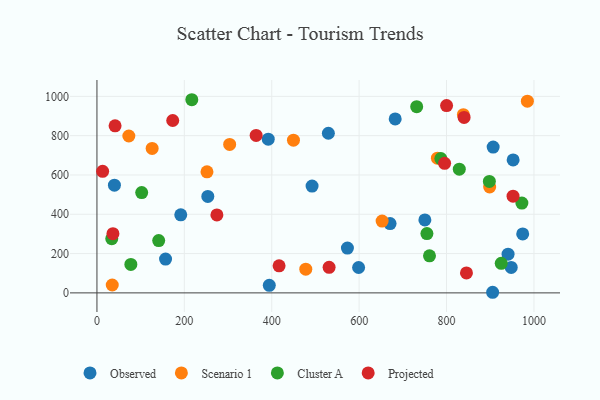
{"axis": {"x": "Speed", "y": "Yield"}, "legend": ["Cluster A", "Observed", "Projected", "Scenario 1"], "data": [{"x": "394.4", "y": 38.5, "type": "Observed"}, {"x": "40.0", "y": 548.3, "type": "Observed"}, {"x": "750.4", "y": 371.3, "type": "Observed"}, {"x": "670.8", "y": 352.5, "type": "Observed"}, {"x": "974.3", "y": 299.8, "type": "Observed"}, {"x": "948.0", "y": 129.8, "type": "Observed"}, {"x": "392.0", "y": 782.3, "type": "Observed"}, {"x": "157.0", "y": 172.2, "type": "Observed"}, {"x": "952.4", "y": 676.5, "type": "Observed"}, {"x": "682.5", "y": 885.2, "type": "Observed"}, {"x": "253.7", "y": 490.7, "type": "Observed"}, {"x": "905.5", "y": 3.1, "type": "Observed"}, {"x": "573.2", "y": 227.8, "type": "Observed"}, {"x": "906.7", "y": 742.2, "type": "Observed"}, {"x": "940.8", "y": 197.0, "type": "Observed"}, {"x": "191.8", "y": 397.3, "type": "Observed"}, {"x": "598.8", "y": 129.1, "type": "Observed"}, {"x": "529.6", "y": 812.2, "type": "Observed"}, {"x": "492.3", "y": 543.4, "type": "Observed"}, {"x": "838.5", "y": 906.8, "type": "Scenario 1"}, {"x": "477.9", "y": 120.6, "type": "Scenario 1"}, {"x": "985.0", "y": 975.6, "type": "Scenario 1"}, {"x": "449.7", "y": 777.2, "type": "Scenario 1"}, {"x": "779.1", "y": 685.5, "type": "Scenario 1"}, {"x": "898.7", "y": 538.9, "type": "Scenario 1"}, {"x": "251.8", "y": 616.0, "type": "Scenario 1"}, {"x": "35.0", "y": 40.2, "type": "Scenario 1"}, {"x": "126.3", "y": 735.0, "type": "Scenario 1"}, {"x": "303.7", "y": 755.5, "type": "Scenario 1"}, {"x": "73.0", "y": 798.2, "type": "Scenario 1"}, {"x": "652.6", "y": 365.2, "type": "Scenario 1"}, {"x": "77.6", "y": 144.7, "type": "Cluster A"}, {"x": "731.7", "y": 947.3, "type": "Cluster A"}, {"x": "141.3", "y": 266.3, "type": "Cluster A"}, {"x": "217.1", "y": 982.9, "type": "Cluster A"}, {"x": "787.0", "y": 683.6, "type": "Cluster A"}, {"x": "829.2", "y": 629.5, "type": "Cluster A"}, {"x": "755.1", "y": 301.8, "type": "Cluster A"}, {"x": "102.4", "y": 510.3, "type": "Cluster A"}, {"x": "761.0", "y": 188.6, "type": "Cluster A"}, {"x": "33.9", "y": 275.6, "type": "Cluster A"}, {"x": "925.2", "y": 150.2, "type": "Cluster A"}, {"x": "898.0", "y": 567.4, "type": "Cluster A"}, {"x": "972.4", "y": 457.2, "type": "Cluster A"}, {"x": "36.6", "y": 301.2, "type": "Projected"}, {"x": "795.6", "y": 659.2, "type": "Projected"}, {"x": "531.3", "y": 130.2, "type": "Projected"}, {"x": "41.5", "y": 850.2, "type": "Projected"}, {"x": "840.2", "y": 892.8, "type": "Projected"}, {"x": "952.2", "y": 492.1, "type": "Projected"}, {"x": "845.6", "y": 101.7, "type": "Projected"}, {"x": "173.4", "y": 877.1, "type": "Projected"}, {"x": "364.3", "y": 801.3, "type": "Projected"}, {"x": "13.0", "y": 618.4, "type": "Projected"}, {"x": "274.5", "y": 396.7, "type": "Projected"}, {"x": "800.1", "y": 952.9, "type": "Projected"}, {"x": "416.8", "y": 137.5, "type": "Projected"}]}